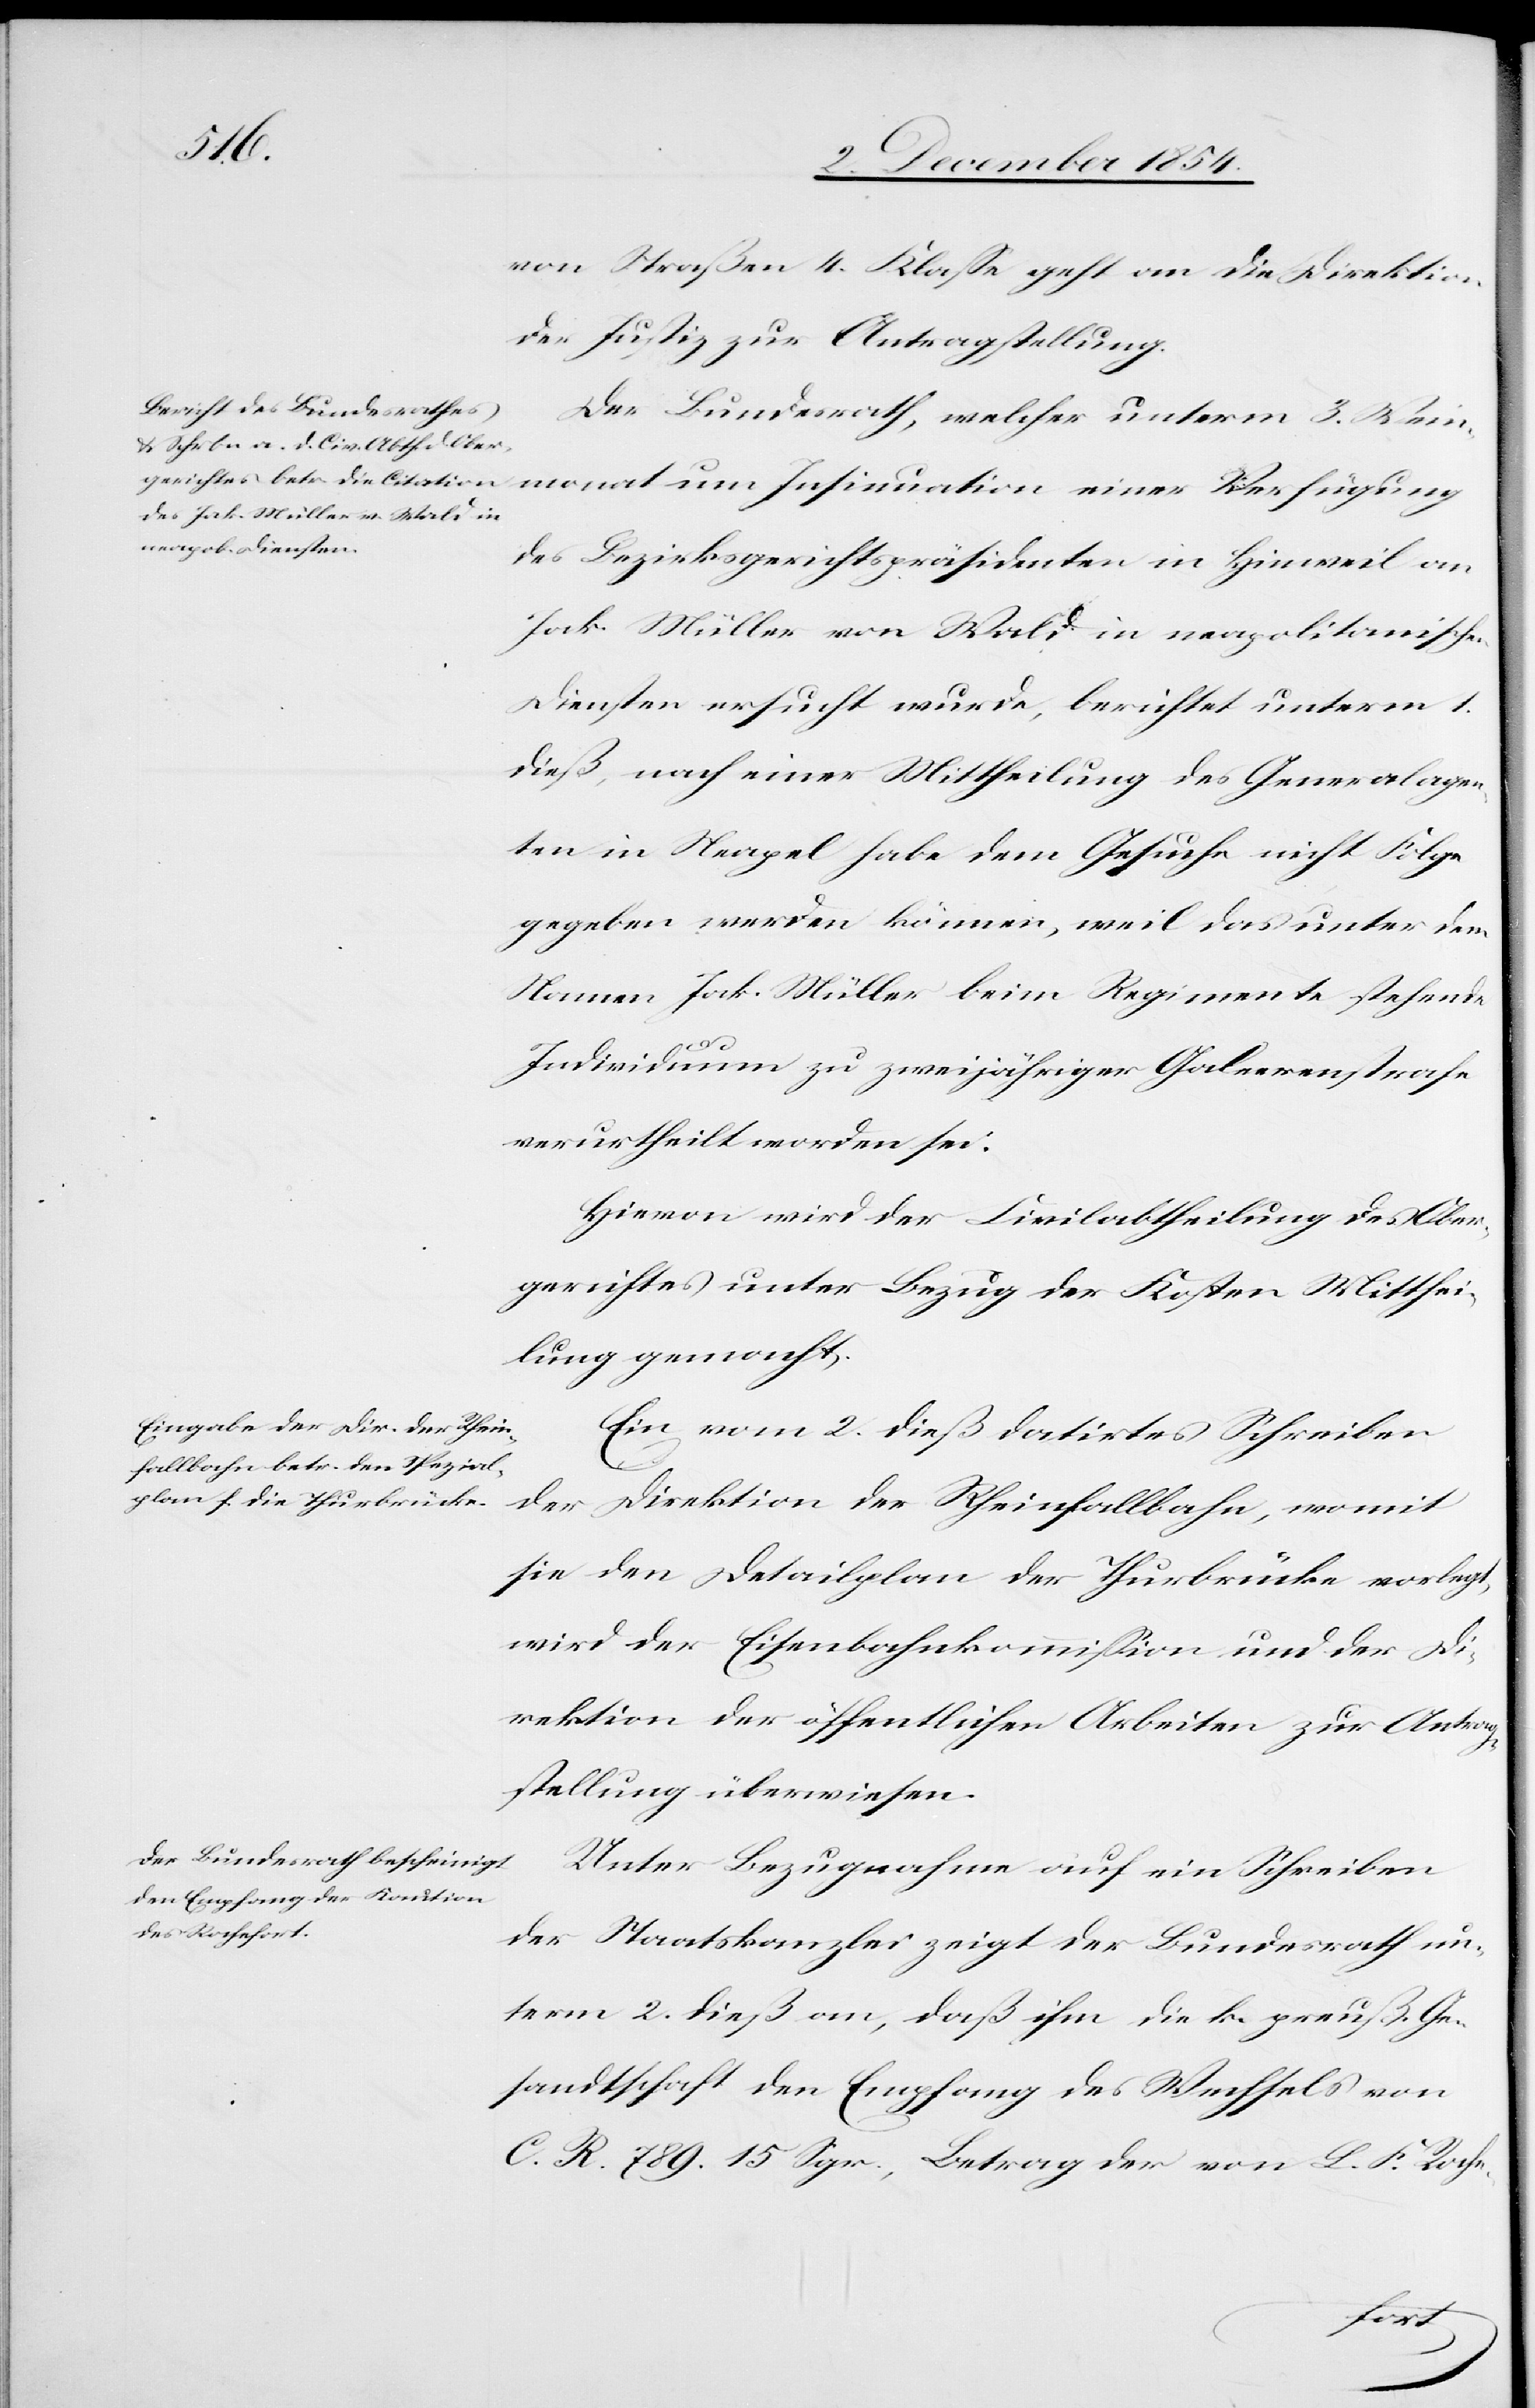
4. December 1854.]
von Straßen 4. Klaße geht an die Direktion
der Justiz zur Antragstellung.
Der Bundesrath, welcher unterm 3. Wein¬
monat um Insinuation einer Verfügung
des Bezirksgerichtspräsidenten in Hinweil an
Jak. Müller von Wald in neapolitanischen
Diensten ersucht wurde, berichtet unterm 1.
dieß, nach einer Mittheilung des Generalagen¬
ten in Neapel habe dem Gesuche nicht Folge
gegeben werden können, weil das unter dem
Namen Jak. Müller beim Regimente stehende
Individuum zu zweijähriger Galeerenstrafe
verurtheilt worden sei.
Hievon wird der Civilabtheilung des Ober¬
gerichtes unter Bezug der Kosten Mitthei¬
lung gemacht.
Ein vom 2. dieß datirtes Schreiben
der Direktion der Rheinfallbahn, womit
sie den Detailplan der Thurbrücke vorlegt,
wird der Eisenbahnkommißion und der Di¬
rektion der öffentlichen Arbeiten zur Antrag¬
stellung überwiesen.
Unter Bezugnahme auf ein Schreiben
der Staatskanzlei zeigt der Bundesrath un¬
term 2. dieß an, daß ihm die k. preuß. Ge¬
sandtschaft den Empfang des Wechsels von
C. R. 789. 15. Sgr., Betrag der von L. F. Roche-
den